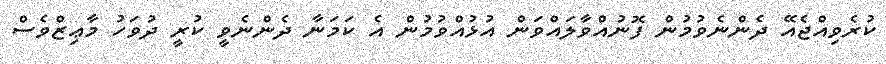
ކުރެވިއްޖެއޭ ދެންނެވުމުން ފޮނުއްވާލައްވަން އުޅުއްވުމުން އެ ކަމަނާ ދެންނެވީ ކުރީ ދުވަހު މާޢިޒްވެސް